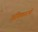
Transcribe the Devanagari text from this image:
अधिकारणी